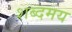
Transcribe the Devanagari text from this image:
शब्दमय